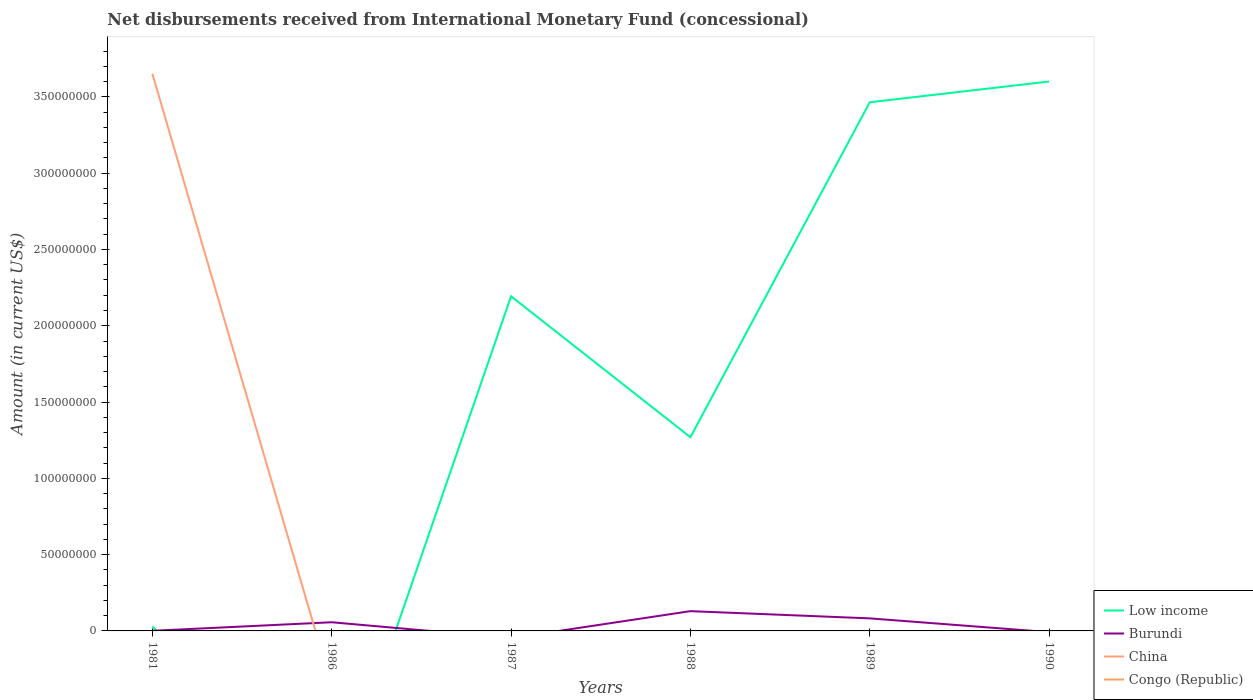
| Years | Low income | Burundi | China | Congo (Republic) |
 | --- | --- | --- | --- | --- |
 | 1981 | 3.02e+06 | 8.5e+04 | 3.65e+08 | 5.8e+04 |
 | 1986 | -1.21e+08 | 5.68e+06 | -3.63e+07 | -2.97e+06 |
 | 1987 | 2.19e+08 | -4.71e+06 | -8.11e+07 | -3.23e+06 |
 | 1988 | 1.27e+08 | 1.3e+07 | -8.32e+07 | -2.91e+06 |
 | 1989 | 3.46e+08 | 8.22e+06 | -7.94e+07 | -1.86e+06 |
 | 1990 | 3.6e+08 | -7.85e+05 | -8.4e+07 | -5.36e+05 |